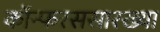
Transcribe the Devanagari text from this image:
कॉन्फरससारख्या